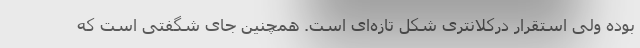
بوده ولی استقرار درکلانتری شکل تازه‌ای است. همچنین جای شگفتی است که